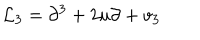
{ \mathcal L } _ { 3 } = \partial ^ { 3 } + 2 u \partial + v _ { 3 }